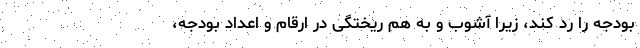
بودجه را رد کند، زیرا آشوب و به هم ریختگی در ارقام و اعداد بودجه،